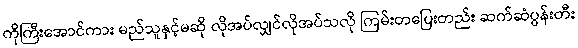
ကိုကြီးအောင်ကား မည်သူနှင့်မဆို လိုအပ်လျှင်လိုအပ်သလို ကြမ်းတပြေးတည်း ဆက်ဆံပွန်းတီး